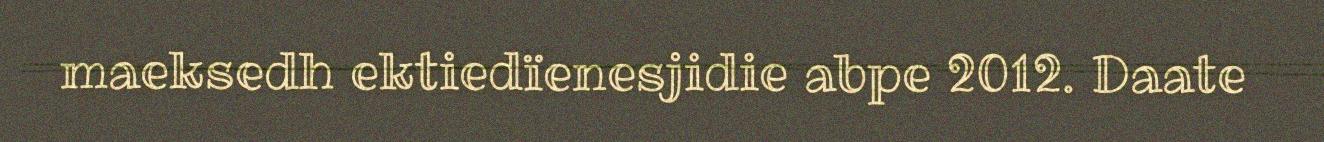
maeksedh ektiedïenesjidie abpe 2012. Daate